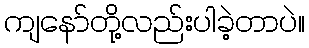
ကျနော်တို့လည်းပါခဲ့တာပဲ။